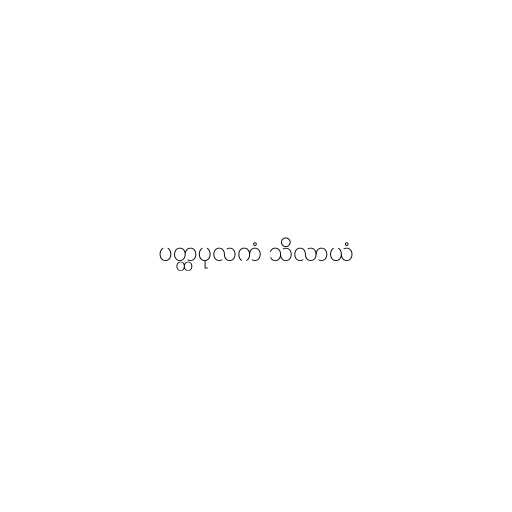
ပတ္ထပုလကံ သိလာယံ